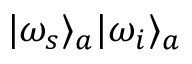
\vert \omega _ { s } \rangle _ { a } \vert \omega _ { i } \rangle _ { a }